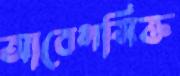
আবেগসিক্ত